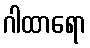
ဂါထာရော